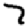
Digit: 7